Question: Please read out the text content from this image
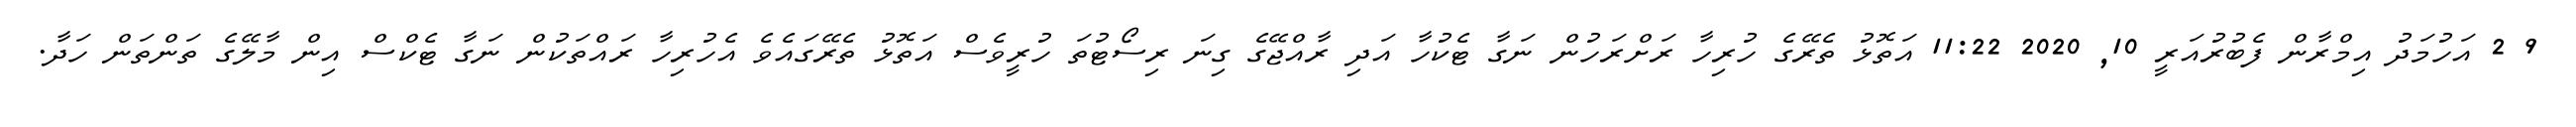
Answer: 9 2 އަހުމަދު އިމްރާން ފެބުރުއަރީ 10, 2020 11:22 އަތޮޅު ތެރޭގެ ހުރިހާ ރަށްރަހުން ނަގާ ޓެކުހާ އަދި ރާއްޖޭގެ ގިނަ ރިސޯޓުތަ ހުރީވެސް އަތޮޅު ތެރޭގައެވެ އެހުރިހާ ރައްތަކުން ނަގާ ޓެކްސް އިން މާލޭގެ ތަންތަން ހަދާ.